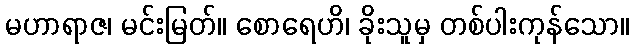
မဟာရာဇ၊ မင်းမြတ်။ စောရေဟိ၊ ခိုးသူမှ တစ်ပါးကုန်သော။